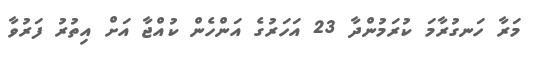
މަރާ ހަނގުރާމަ ކުރަމުންދާ 23 އަހަރުގެ އަންހެން ކުއްޖާ އަށް އިތުރު ފަރުވާ